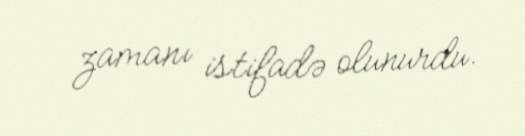
zamanı istifadə olunurdu.